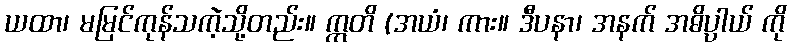
ယထာ၊ မမြင်ကုန်သကဲ့သို့တည်း။ ဣတိ (အယံ၊ ကား။ ဒီပနာ၊ အနက် အဓိပ္ပါယ် ကို